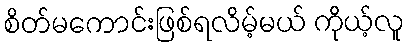
စိတ်မကောင်းဖြစ်ရလိမ့်မယ် ကိုယ့်လူ